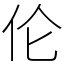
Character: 伦